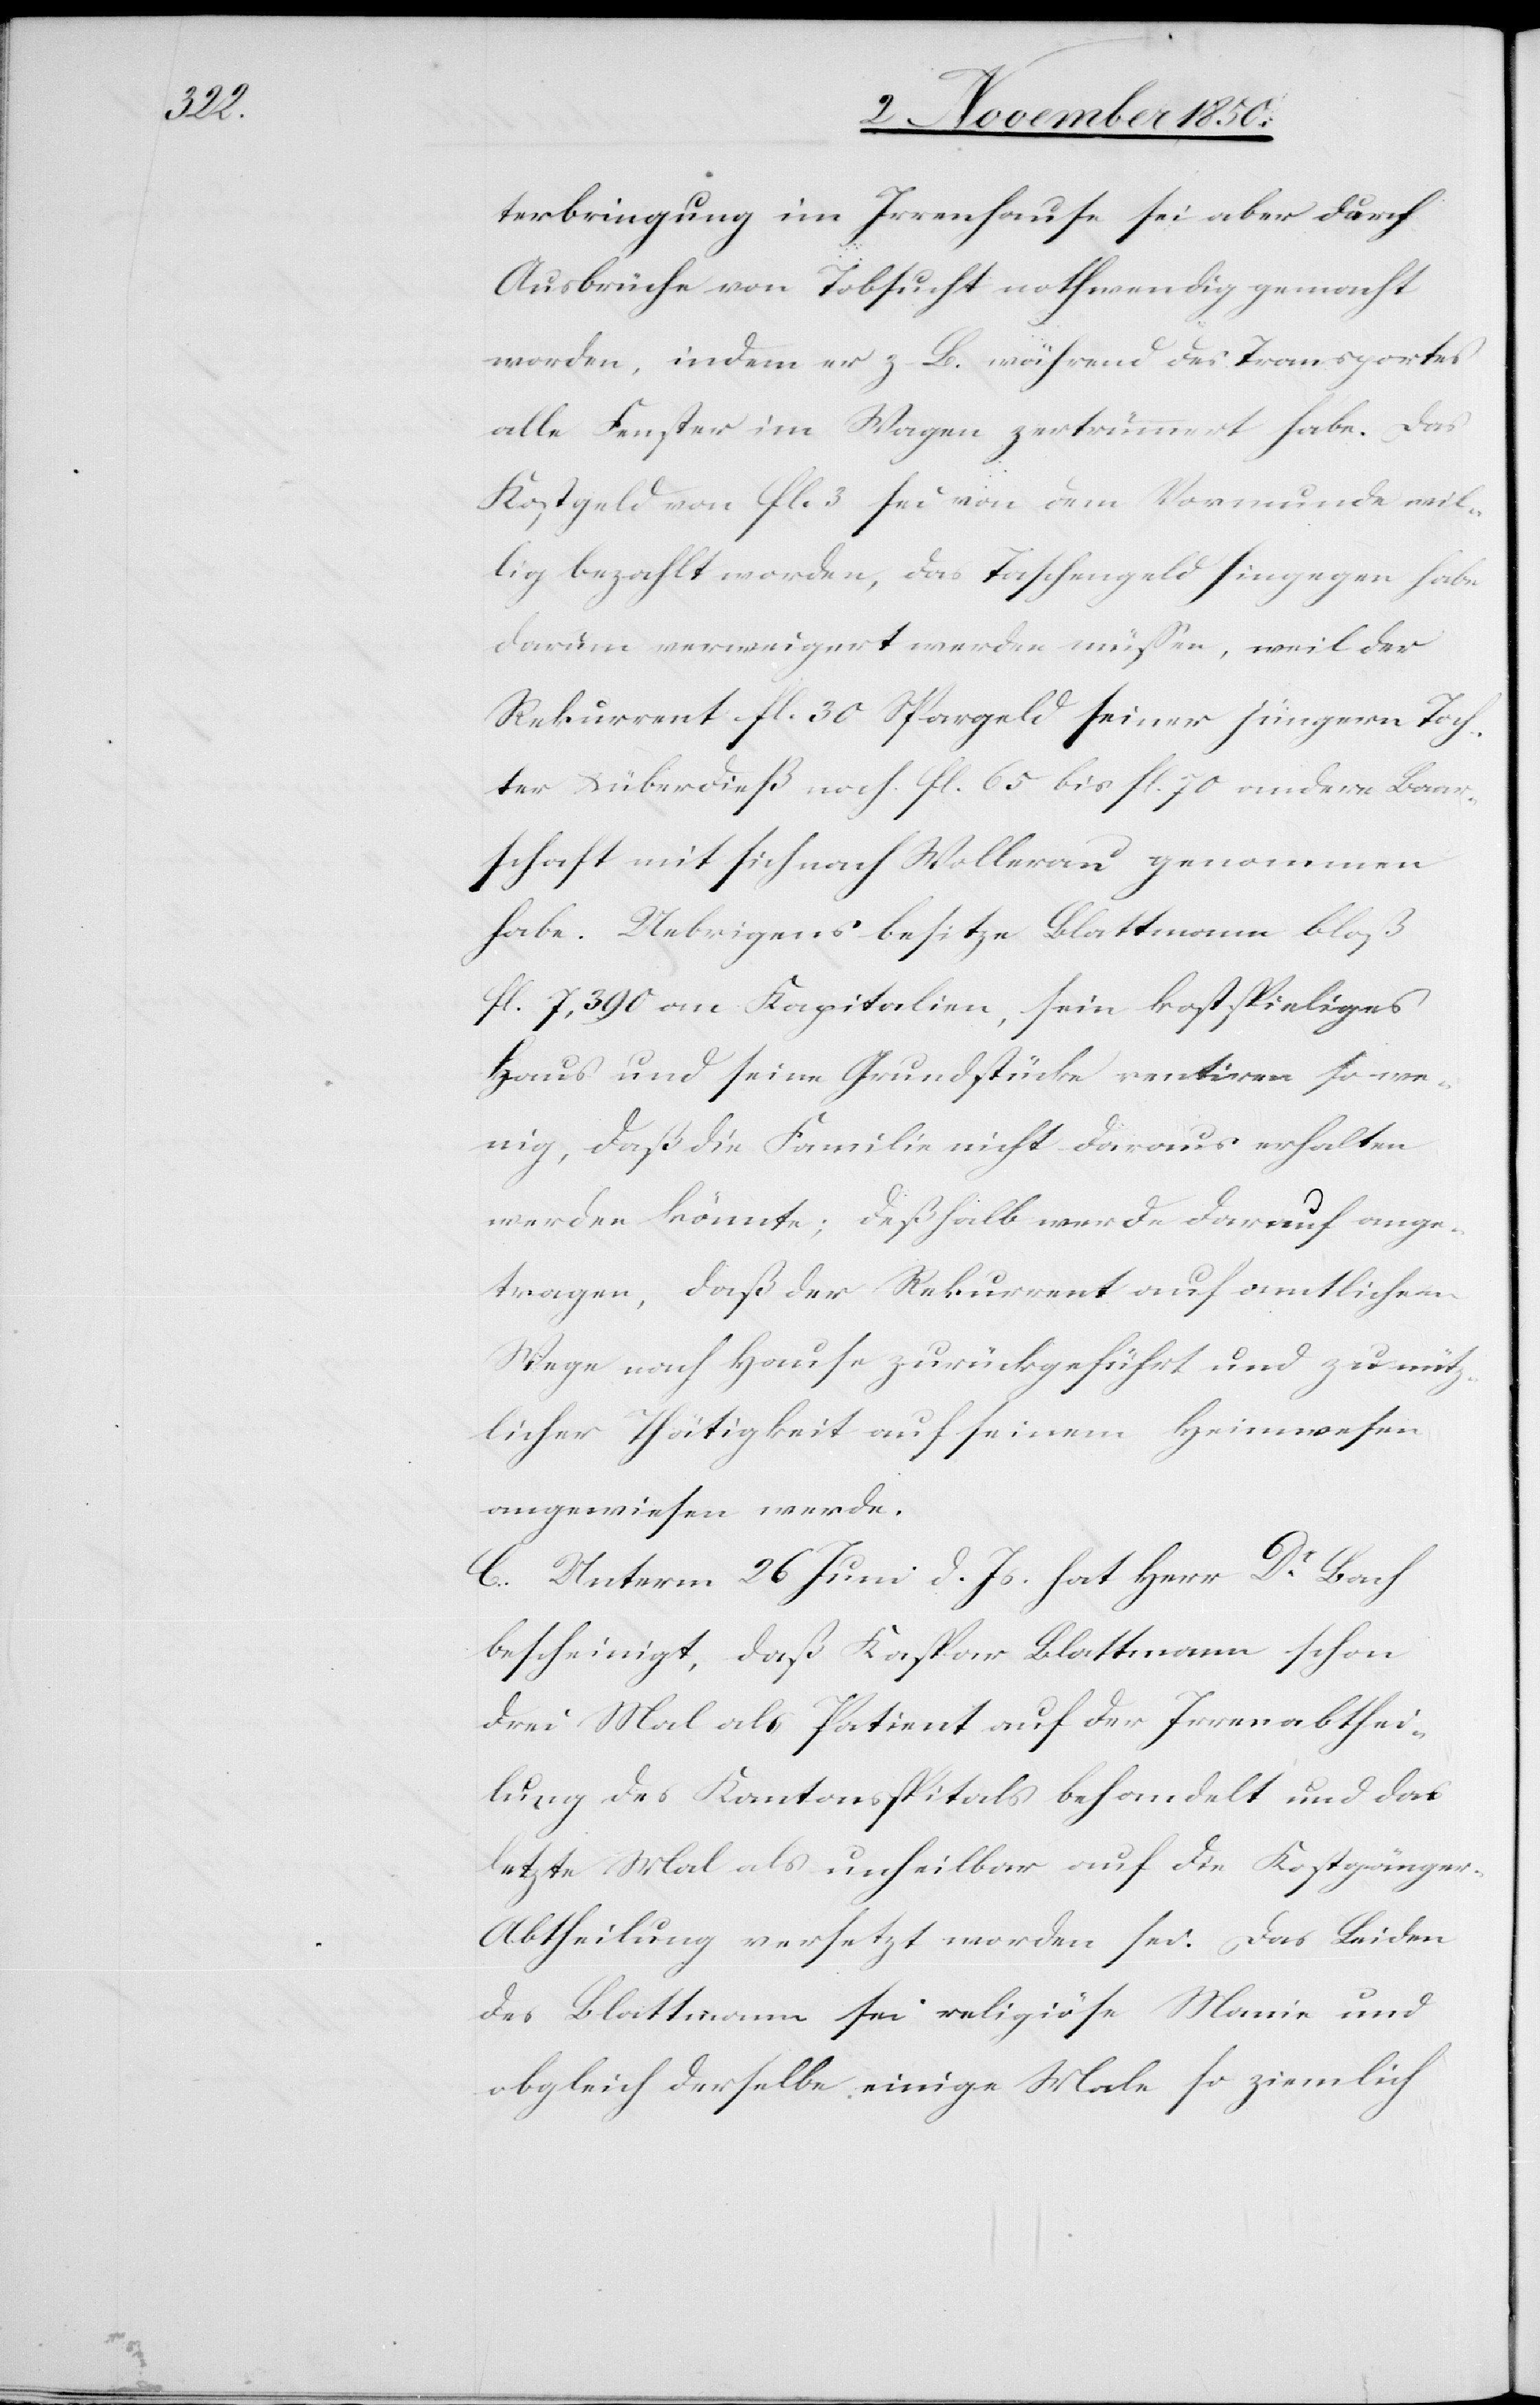
terbringung im Irrenhause sei aber durch
Ausbrüche von Tobsucht nothwendig gemacht
worden, indem er z. B. während des Transportes
alle Fenster im Wagen zertrümmert habe. Das
Kostgeld von fl. 3 sei von dem Vormunde wil¬
lig bezahlt worden, das Taschengeld hingegen habe
darum verweigert werden müsse, weil der
Rekurrent fl. 30 Spargeld seiner jüngern Toch¬
ter u. überdieß noch fl. 65 bis fl. 70 andere Baar¬
schaft mit sich nach Wollerau genommen
habe. Uebrigens besitze Blattmann bloß
fl. 7,390 an Kapitalien, sein kostspieliges
Haus und seine Grundstücke rentiren so we¬
nig, daß die Familie nicht daraus erhalten
werden könnte; deßhalb werde darauf ange¬
tragen, daß der Rekurrent auf amtlichem
Wege nach Hause zurückgeführt und zu nütz¬
licher Thätigkeit auf seinem Heimwesen
angewiesen werde.
C. Unterm 26 Juni d. Js. hat Herr Dr Bach
bescheinigt, daß Kaspar Blattmann schon
drei Mal als Patient auf der Irrenabthei¬
lung des Kantonsspitals behandelt und das
letzte Mal als unheilbar auf die Kostgänger-A¬
btheilung versetzt worden sei. Das Leiden
des Blattmann sei religiöse Manie und
obgleich derselbe einige Male so ziemlich